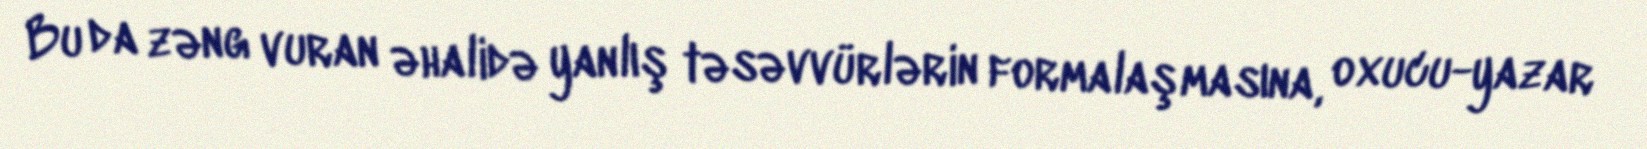
Bu da zəng vuran əhalidə yanlış təsəvvürlərin formalaşmasına, oxucu-yazar